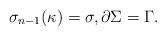
LaTeX: \begin{align*}\sigma_{n-1}(\kappa)=\sigma,\partial\Sigma=\Gamma.\end{align*}